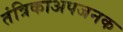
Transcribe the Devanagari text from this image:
तंत्रिकाअपजनक